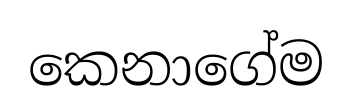
කෙනාගේම